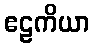
ဧဠကိယာ